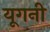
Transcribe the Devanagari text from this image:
यूगनी